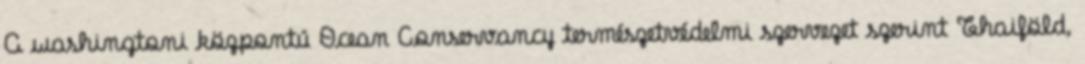
A washingtoni központú Ocean Conservancy természetvédelmi szervezet szerint Thaiföld,